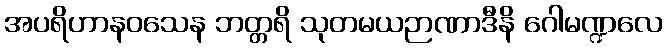
အပရိဟာနဝသေန ဘတ္တရိ သုတမယဉာဏာဒီနိ ဂေါမဏ္ဍလေ